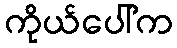
ကိုယ်ပေါ်က